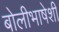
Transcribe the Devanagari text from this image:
बोलीभाषेशी